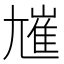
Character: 𡰋